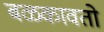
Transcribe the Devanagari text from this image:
बळकावतो